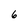
Character: 6